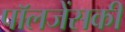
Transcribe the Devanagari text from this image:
पॉलजेंसकी